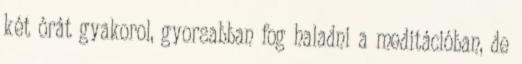
két órát gyakorol, gyorsabban fog haladni a meditációban, de